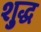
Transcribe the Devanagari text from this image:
शु्द्ध